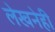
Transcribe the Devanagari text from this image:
लेखनेही